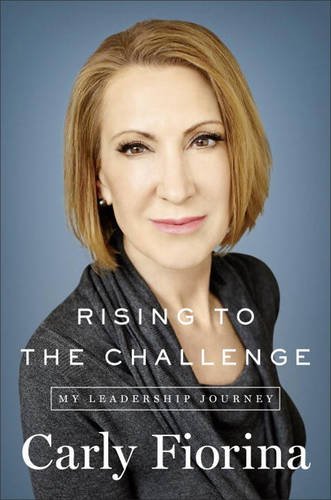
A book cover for Rising to the Challenge: My Leadership Journey; Carly Fiorina; Health, Fitness & Dieting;